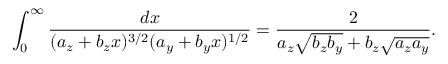
\int _ { 0 } ^ { \infty } \frac { d x } { ( a _ { z } + b _ { z } x ) ^ { 3 / 2 } ( a _ { y } + b _ { y } x ) ^ { 1 / 2 } } = \frac { 2 } { a _ { z } \sqrt { b _ { z } b _ { y } } + b _ { z } \sqrt { a _ { z } a _ { y } } } .